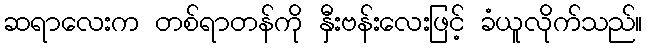
ဆရာလေးက တစ်ရာတန်ကို နှီးဗန်းလေးဖြင့် ခံယူလိုက်သည်။